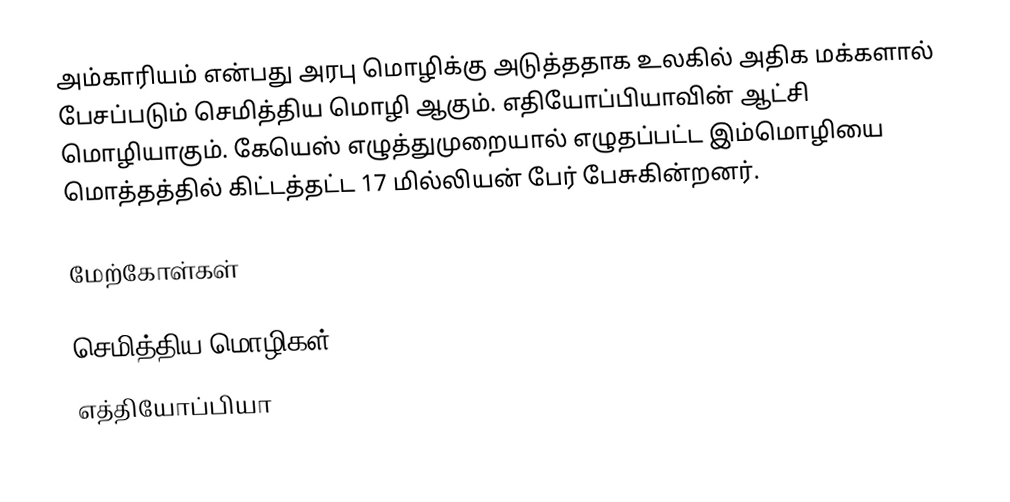
அம்காரியம் என்பது அரபு மொழிக்கு அடுத்ததாக உலகில் அதிக மக்களால் பேசப்படும் செமித்திய மொழி ஆகும். எதியோப்பியாவின் ஆட்சி மொழியாகும். கேயெஸ் எழுத்துமுறையால் எழுதப்பட்ட இம்மொழியை மொத்தத்தில் கிட்டத்தட்ட 17 மில்லியன் பேர் பேசுகின்றனர்.

மேற்கோள்கள்

செமித்திய மொழிகள்
எத்தியோப்பியா